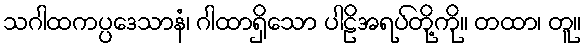
သဂါထကပ္ပဒေသာနံ၊ ဂါထာရှိသော ပါဠိအရပ်တို့ကို။ တထာ၊ တူ။